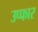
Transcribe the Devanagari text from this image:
उप्फार